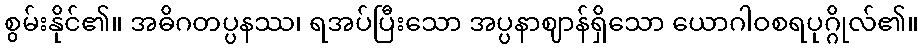
စွမ်းနိုင်၏။ အဓိဂတပ္ပနဿ၊ ရအပ်ပြီးသော အပ္ပနာဈာန်ရှိသော ယောဂါဝစရပုဂ္ဂိုလ်၏။